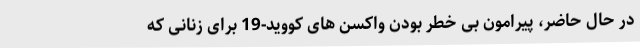
در حال حاضر، پیرامون بی خطر بودن واکسن های کووید-19 برای زنانی که